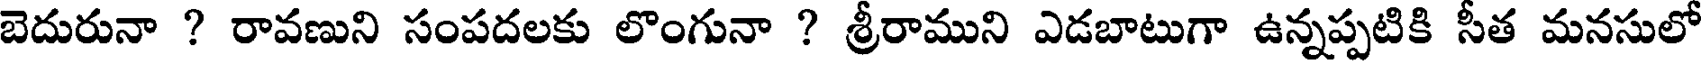
బెదురునా ? రావణుని సంపదలకు లొంగునా ? శ్రీరాముని ఎడబాటుగా ఉన్నప్పటికి సీత మనసులో